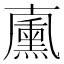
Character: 𠧋